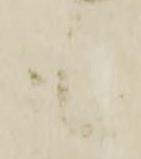
も